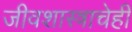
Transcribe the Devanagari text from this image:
जीवशास्त्राचेही